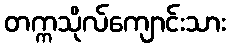
တက္ကသိုလ်ကျောင်းသား